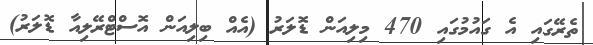
ތެރޭގައި އެ ގައުމުގައި 470 މިލިއަން ޑޮލަރު (އެއް ބިލިއަން އޮސްޓްރޭލިއާ ޑޮލަރު)